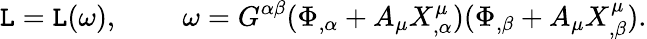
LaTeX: {\cal\mathtt{L}}={\cal\mathtt{L}}(\omega),\; \; \; \; \; \; \; \; \omega=G^{\alpha\beta}(\Phi_{,\alpha}+A_{\mu}X_{,\alpha}^{\mu})(\Phi_{,\beta}+A_{\mu}X_{,\beta}^{\mu}).